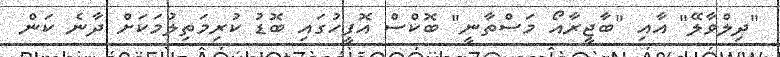
"ދިލްވާލޭ" އާއި "ބާޖީރާއޯ މަސްތާނީ" ބޮކްސް އޮފީހުގައި ބޮޑު ކުރިމަތިލުމަކަށް ދާނެ ކަން